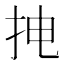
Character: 𱟮